Applicability to medico-legal practice in India of the biochemical tests for the origin of blood-stains - Number 39
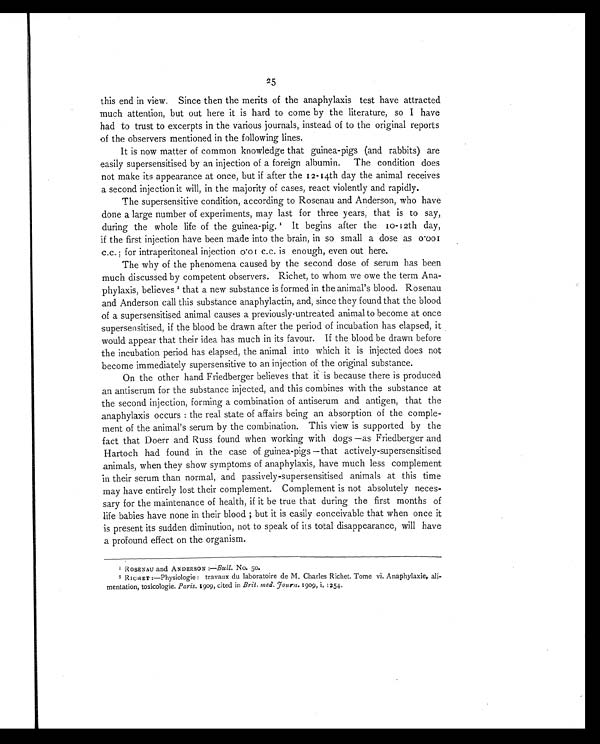
25
this end in view. Since then the merits of the anaphylaxis test have attracted
much attention, but out here it is hard to come by the literature, so I have
had to trust to excerpts in the various journals, instead of to the original reports
of the observers mentioned in the following lines.
It is now matter of common knowledge that guinea-pigs (and rabbits) are
easily supersensitised by an injection of a foreign albumin. The condition does
not make its appearance at once, but if after the 12-14th day the animal receives
a second injection it will, in the majority of cases, react violently and rapidly.
The supersensitive condition, according to Rosenau and Anderson, who have
done a large number of experiments, may last for three years, that is to say,
during the whole life of the guinea-pig.1 It begins after the 10-12th day,
if the first injection have been made into the brain, in so small a dose as
0.001 c. c.; for intraperitoneal injection 0.01 c.c. is enough, even out here.
The why of the phenomena caused by the second dose of serum has been
much discussed by competent observers. Richet, to whom we owe the term Ana-
phylaxis, believes 2 that a new substance is formed in the animal's blood. Rosenau
and Anderson call this substance anaphylactin, and, since they found that the blood
of a supersensitised animal causes a previously-untreated animal to become at once
supersensitised, if the blood be drawn after the period of incubation has elapsed, it
would appear that their idea has much in its favour. If the blood be drawn before
the incubation period has elapsed, the animal into which it is injected does not
become immediately supersensitive to an injection of the original substance.
On the other hand Friedberger believes that it is because there is produced
an antiserum for the substance injected, and this combines with the substance at
the second injection, forming a combination of antiserum and antigen, that the
anaphylaxis occurs: the real state of affairs being an absorption of the comple-
ment of the animal's serum by the combination. This view is supported by the
fact that Doerr and Russ found when working with dogs —as Friedberger and
Hartoch had found in the case of guinea-pigs—that actively-supersensitised
animals, when they show symptoms of anaphylaxis, have much less complement
in their serum than normal, and passively-supersensitised animals at this time
may have entirely lost their complement. Complement is not absolutely neces-
sary for the maintenance of health, if it be true that during the first months of
life babies have none in their blood; but it is easily conceivable that when once it
is present its sudden diminution, not to speak of its total disappearance, will have
a profound effect on the organism.
1 ROSENAU and ANDERSON :—Bull. No. 5o.
2 RICHET :—Physiologie : travaux du laboratoire de M. Charles Richet. Tome vi. Anaphylaxie, ali-
mentation, toxicologie. Paris. 1909, cited in Brit. med. J ourn. 1909, i, 1254.